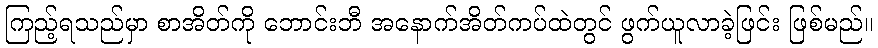
ကြည့်ရသည်မှာ စာအိတ်ကို ဘောင်းဘီ အနောက်အိတ်ကပ်ထဲတွင် ဖွက်ယူလာခဲ့ဖြင်း ဖြစ်မည်။